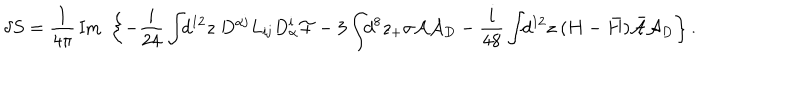
\delta S = \frac { 1 } { 4 \pi } \, \mathrm { I m } \, \, \left\{ - \frac { i } { 2 4 } \int \! \! d ^ { 1 2 } z \ D ^ { \alpha { \mathbf j } } L _ { { \mathbf i } { \mathbf j } } D _ { \alpha } ^ { \mathbf i } { \cal F } - 3 \int \! \! d ^ { 8 } z _ { + } \sigma { \cal A } { \cal A } _ { D } - \frac { i } { 4 8 } \int \! \! d ^ { 1 2 } z \ ( H - { \bar { H } } ) { \bar { \cal A } } { \cal A } _ { D } \right\} .